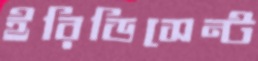
ইরিডিসেন্ট